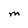
Character: M